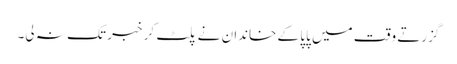
گزرتے وقت میں پاپا کے خاندان نے پلٹ کر خبر تک نہ لی۔